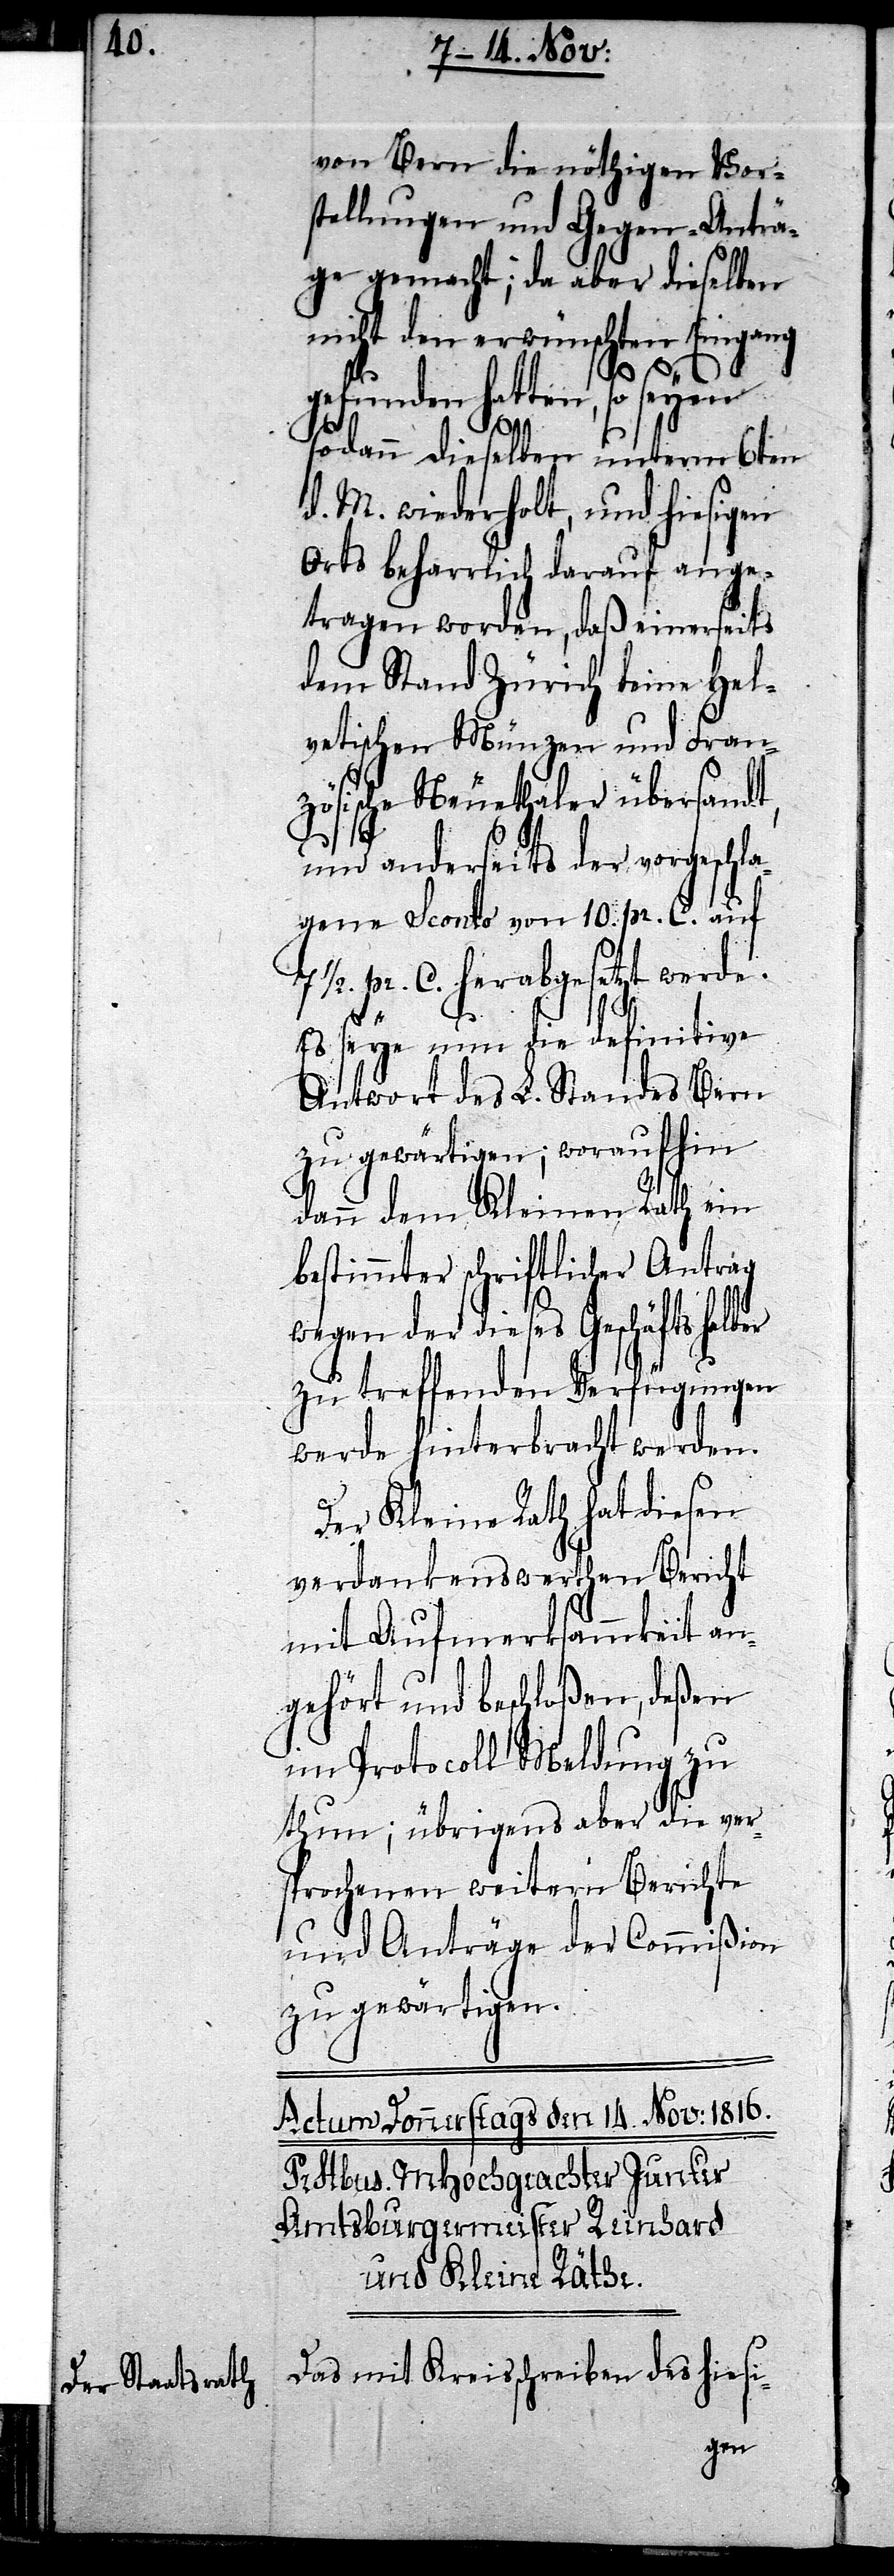
von Bern die nöthigen Vor¬
stellungen und Gegen-Anträ¬
ge gemacht; da aber dieselben
nicht den erwünschten Eingang
er
gefunden hatten, so seyen
sodann dieselben unterm 6ten
d. M. wiederholt, und hiesigen
Orts beharrlich darauf ange¬
tragen worden, daß einerseits
dem Stand Zürich keine Hel¬
vetischen Münzen und Fran¬
zösische Neuethaler übersandt,
und anderseits der vorgeschla¬
gene Sconto von 10. pr. C. auf
1/2. Pr. C. herabgesetzt werde.
7.
Es seye nun die definitive
Antwort des L. Standes Bern
zu gewärtigen; woraufhin
dann dem Kleinen Rath ein
bestimmter schriftlicher Antrag
wegen der dieses Geschäfts halb¬
zu treffenden Verfügungen
werde hinterbracht werden.
Der Kleine Rath hat diesen
verdankenswerthen Bericht
mit Aufmerksammkeit an¬
gehört und beschloßen, deßen
im Protocoll Meldung zu
thun; übrigens aber die ver¬
sprochenen weitern Berichte
und Anträge der Commißion
zu gewärtigen.
Das mit Kreisschreiben des hiesi-